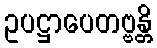
ဥပဋ္ဌာပေတဗ္ဗန္တိ